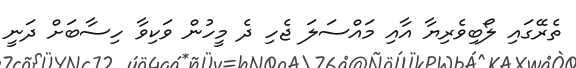
ތެރޭގައި ލޯބިވެރިޔާ އާއި މައްސަލަ ޖެހި ދެ މީހުން ވަކިވާ ހިސާބަށް ދަނީ